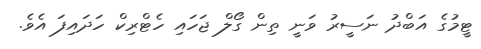
ޓީމުގެ އަބްދު ނަސީރު ވަނީ ތިން ގޯލް ޖަހައި ހެޓްރިކް ހަދައިފަ އެވެ.